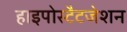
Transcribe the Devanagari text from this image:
हाइपोस्टैटजेशन